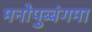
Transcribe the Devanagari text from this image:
मनोपुब्बंगमा